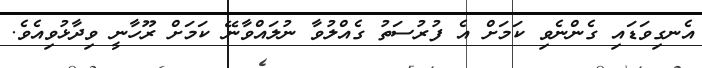
އެނގިވަޑައި ގެންނެވި ކަމަށް އެ ފުރުސަތު ގެއްލުވާ ނުލައްވާނޭ ކަމަށް ރޫހާނީ ވިދާޅުވިއެވެ.